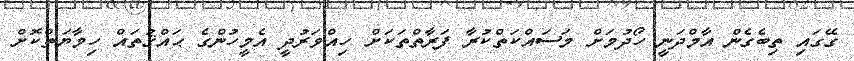
ގޭގައި ތިބެގެން އާމްދަނީ ހޯދުމަށް މަސައްކަތްކުރާ ފަރާތްތަކަށް ހިއްވަރުދީ އެމީހުންގެ ޙައްޤުތައް ހިމާޔަތްކޮށް